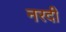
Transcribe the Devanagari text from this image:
नरदी